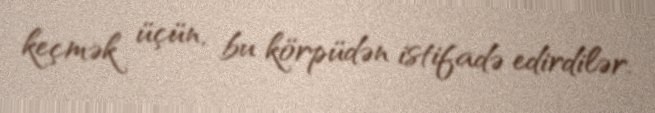
keçmək üçün, bu körpüdən istifadə edirdilər.